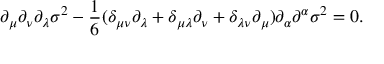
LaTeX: \partial _ { \mu } \partial _ { \nu } \partial _ { \lambda } \sigma ^ { 2 } - \frac { 1 } { 6 } ( \delta _ { \mu \nu } \partial _ { \lambda } + \delta _ { \mu \lambda } \partial _ { \nu } + \delta _ { \lambda \nu } \partial _ { \mu } ) \partial _ { \alpha } \partial ^ { \alpha } \sigma ^ { 2 } = 0 .